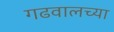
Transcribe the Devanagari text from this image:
गढवालच्या